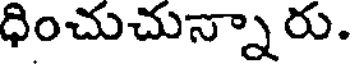
ధించుచున్నారు.